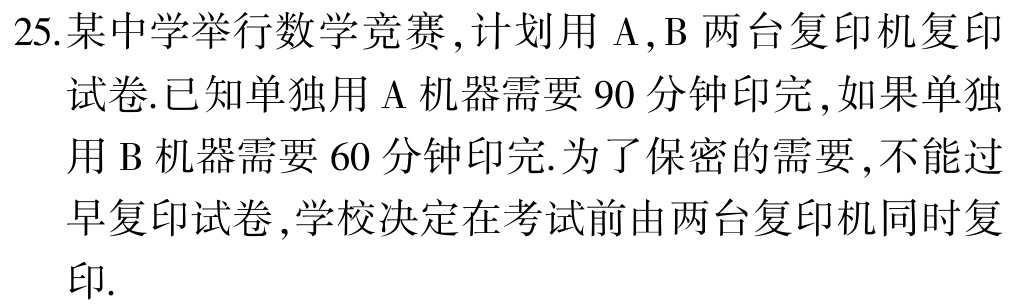
25.某中学举行数学竞赛,计划用$\mathrm{A},\mathrm{B}$两台复印机复印试卷.已知单独用$\mathrm{A}$机器需要$90$分钟印完,如果单独用$\mathrm{B}$机器需要$60$分钟印完.为了保密的需要,不能过早复印试卷,学校决定在考试前由两台复印机同时复印.